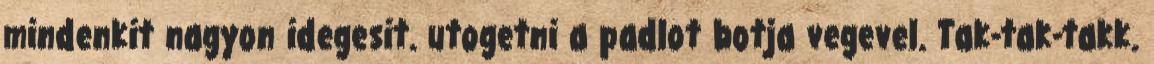
mindenkit nagyon idegesit. utogetni a padlot botja vegevel. Tak-tak-takk.